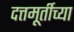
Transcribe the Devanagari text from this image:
दत्तमूर्तीच्या